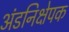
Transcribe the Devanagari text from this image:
अंडनिक्षेपक